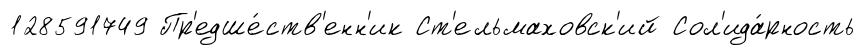
128591749 Пр'едше́ств'енн'ик Ст'ельмаховск'ий Сол'ида́рность